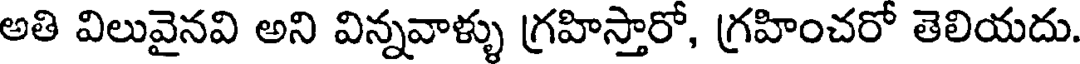
అతి విలువైనవి అని విన్నవాళ్ళు గ్రహిస్తారో, గ్రహించరో తెలియదు.